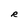
Character: R